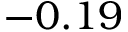
- 0 . 1 9